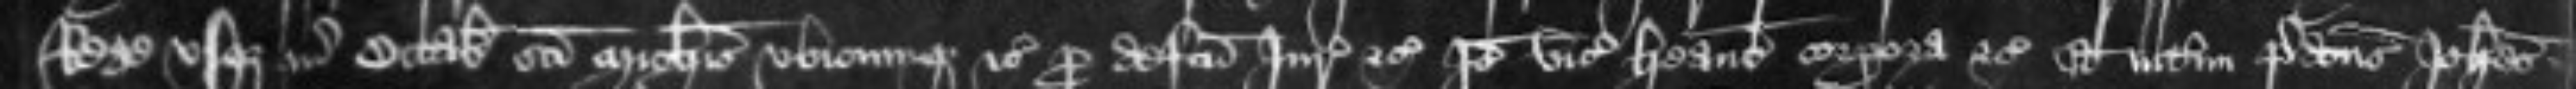
Rege usque in Octabas sancti Michaelis ubicunque etc pro defectu Juratorum etc Ideo vicecomites habeant corpora etc Et interim predictus Johannes